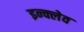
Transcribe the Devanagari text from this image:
इन्क्लेव